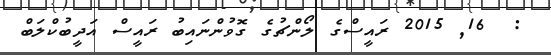
:  16